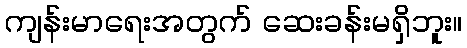
ကျန်းမာရေးအတွက် ဆေးခန်းမရှိဘူး။